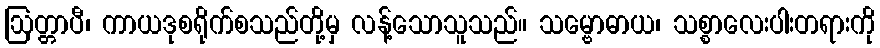
ဩတ္တာပီ၊ ကာယဒုစရိုက်စသည်တို့မှ လန့်သောသူသည်။ သမ္ဗောဓာယ၊ သစ္စာလေးပါးတရားကို